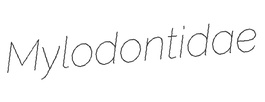
Mylodontidae